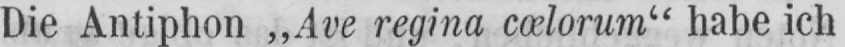
Die Antiphon „Ave regina cœlorum“ habe ich